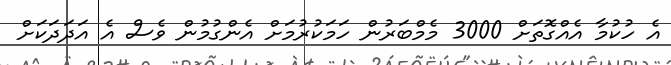
އެ ހުކުމާ އެއްގޮތަށް 3000 މެމްބަރުން ހަމަކުރުމަށް އެންގުމުން ވެސް އެ އަދަދަކަށް